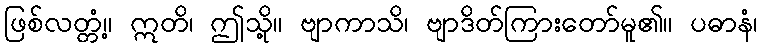
ဖြစ်လတ္တံ့။ ဣတိ၊ ဤသို့။ ဗျာကာသိ၊ ဗျာဒိတ်ကြားတော်မူ၏။ ပဓာနံ၊